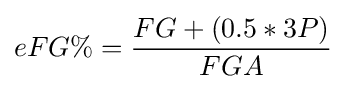
eFG\%={\frac {FG+(0.5*3P)}{FGA}}